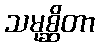
သမုစ္ဆိတာ